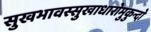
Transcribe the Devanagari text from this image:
सुखभावस्सुखाधारोमुकुन्दो